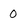
Character: 0